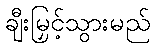
ချီးမြှင့်သွားမည်